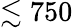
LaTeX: \lesssim 750